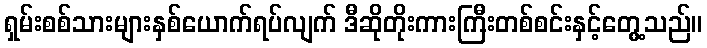
ရှမ်းစစ်သားများနှစ်ယောက်ရပ်လျက် ဒီဆိုတိုးကားကြီးတစ်စင်းနှင့်တွေ့သည်။